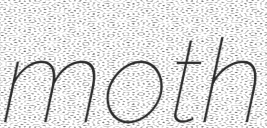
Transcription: moth